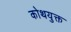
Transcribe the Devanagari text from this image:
कोथयुक्त